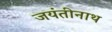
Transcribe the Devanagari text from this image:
जयंतीनाथ